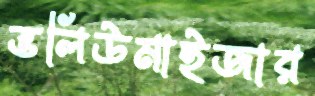
ভলিউমাইজার